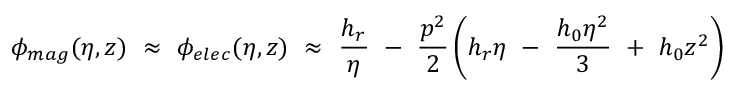
\phi _ { m a g } ( \eta , z ) ~ \approx ~ \phi _ { e l e c } ( \eta , z ) ~ \approx ~ \frac { h _ { r } } \eta ~ - ~ \frac { p ^ { 2 } } { 2 } \left( h _ { r } \eta ~ - ~ \frac { h _ { 0 } \eta ^ { 2 } } { 3 } ~ + ~ h _ { 0 } z ^ { 2 } \right)